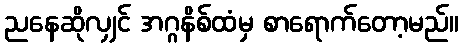
ညနေဆိုလျှင် အဂ္ဂနိစ်ထံမှ စာရောက်တော့မည်။